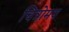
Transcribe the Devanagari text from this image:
चित्रोमय